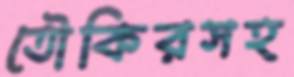
তৌকিরসহ